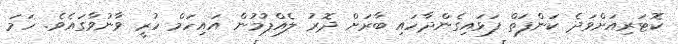
ކޮޓަރިއަށްވަދެ ކަންފަތް ފަޅައިގެންދާހައި ބާރަށް ދޮރު ލެއްޕުމުން އައިހަމް ހުރީ ވާނުވާގައެވެ. ހަމަ